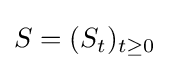
S=(S_{t})_{t\geq 0}